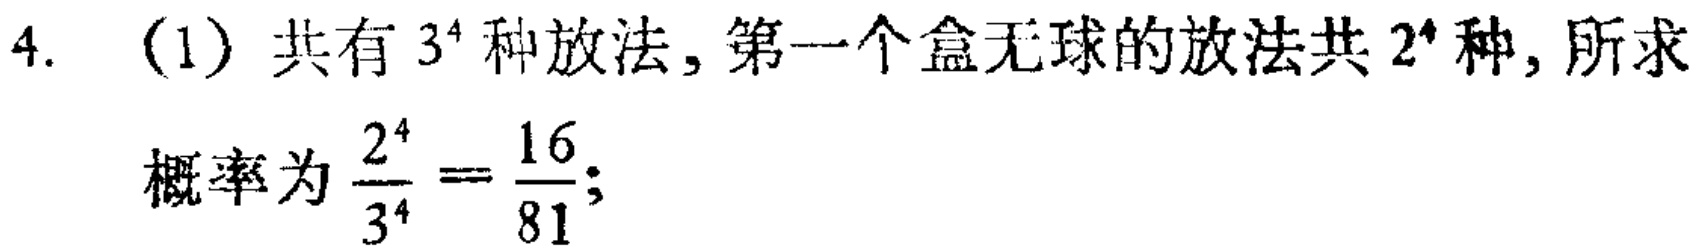
4. （1）共有 \(3^{4}\) 种放法，第一个盒无球的放法共 \(2^{4}\) 种，所求

概率为 \(\frac{2^{4}}{3^{4}}=\frac{16}{81}\)；